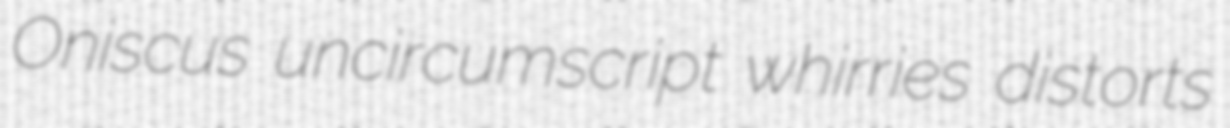
Oniscus uncircumscript whirries distorts